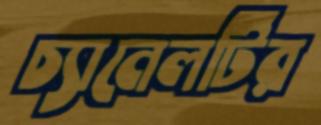
চ্যানেলটির